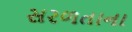
સરળતાના